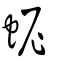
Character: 蚭